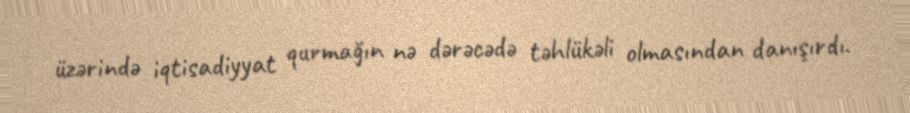
üzərində iqtisadiyyat qurmağın nə dərəcədə təhlükəli olmasından danışırdı.